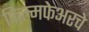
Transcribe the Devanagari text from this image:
फिल्मफेअरचे